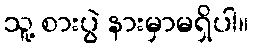
သူ့ စားပွဲ နားမှာမရှိပါ။